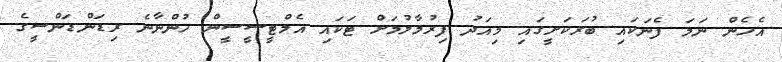
އެހެން ނަމަ ފެނަކައި ބުރަކަށީގައި މިއަދު ފިރުމާލުމަށް ޓަކައި އެމްޓީސީސީން ހުންނާނެ ރިޑަންޑަންސީގެ